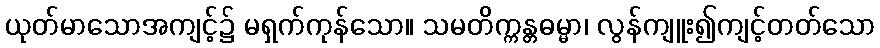
ယုတ်မာသောအကျင့်၌ မရှက်ကုန်သော။ သမတိက္ကန္တဓမ္မာ၊ လွန်ကျူး၍ကျင့်တတ်သော